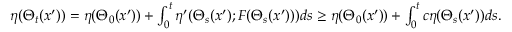
\begin{array} { r } { \eta ( \Theta _ { t } ( x ^ { \prime } ) ) = \eta ( \Theta _ { 0 } ( x ^ { \prime } ) ) + \int _ { 0 } ^ { t } \eta ^ { \prime } ( \Theta _ { s } ( x ^ { \prime } ) ; F ( \Theta _ { s } ( x ^ { \prime } ) ) ) d s \geq \eta ( \Theta _ { 0 } ( x ^ { \prime } ) ) + \int _ { 0 } ^ { t } c \eta ( \Theta _ { s } ( x ^ { \prime } ) ) d s . } \end{array}